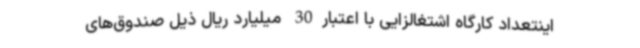
اینتعداد کارگاه اشتغالزایی با اعتبار30 میلیارد ریال ذیل صندوق‌های